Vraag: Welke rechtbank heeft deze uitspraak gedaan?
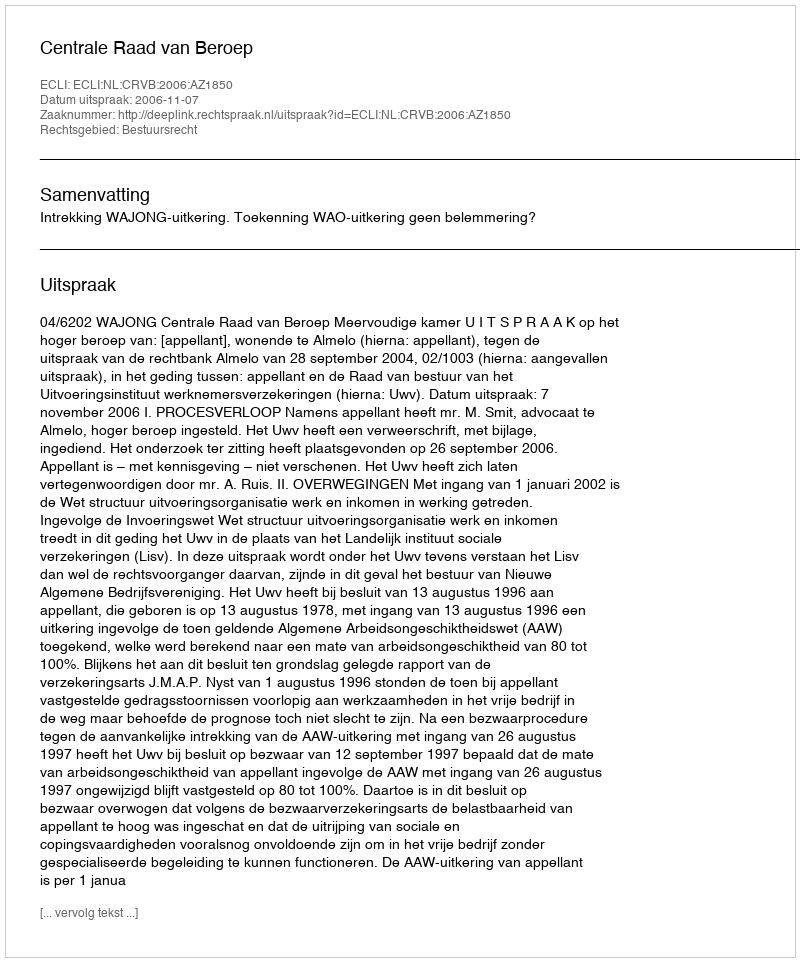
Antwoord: Centrale Raad van Beroep